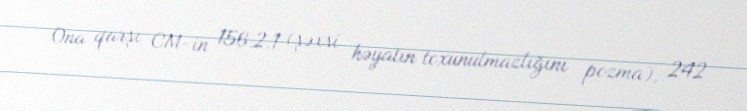
Ona qarşı CM-in 156.2.1 (şəxsi həyatın toxunulmazlığını pozma), 242